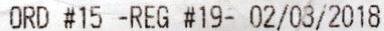
ORD #15 -REG #19- 02/03/2018